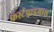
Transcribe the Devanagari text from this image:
फर्स्टप्राइमास